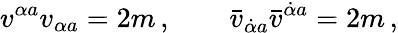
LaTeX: v^{\alpha{}a}v_{\alpha{}a}=2m\, ,\qquad\bar{v}_{\dot{\alpha}{}a}\bar{v}^{\dot{\alpha}{}a}=2m\, ,